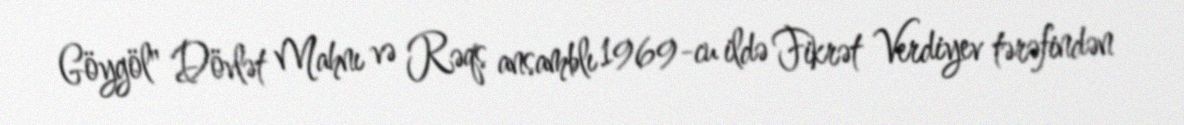
Göygöl" Dövlət Mahnı və Rəqs ansamblı 1969-cu ildə Fikrət Verdiyev tərəfindən